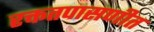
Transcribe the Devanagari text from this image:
रक्ततपासणीत